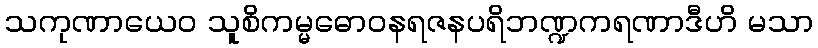
သကုဏာယေဝ သူစိကမ္မဓောဝနရဇနပရိဘဏ္ဍကရဏာဒီဟိ မသာ